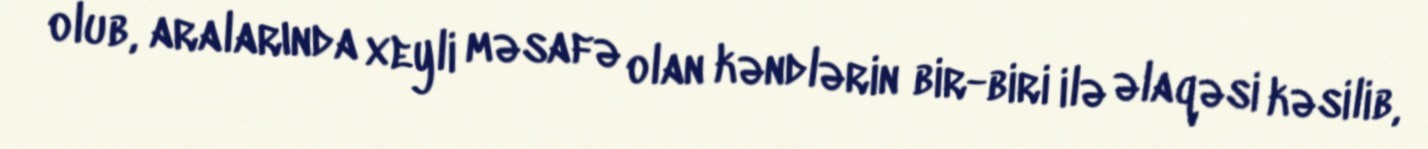
olub, aralarında xeyli məsafə olan kəndlərin bir-biri ilə əlaqəsi kəsilib,